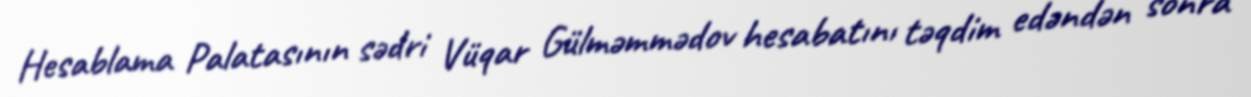
Hesablama Palatasının sədri Vüqar Gülməmmədov hesabatını təqdim edəndən sonra